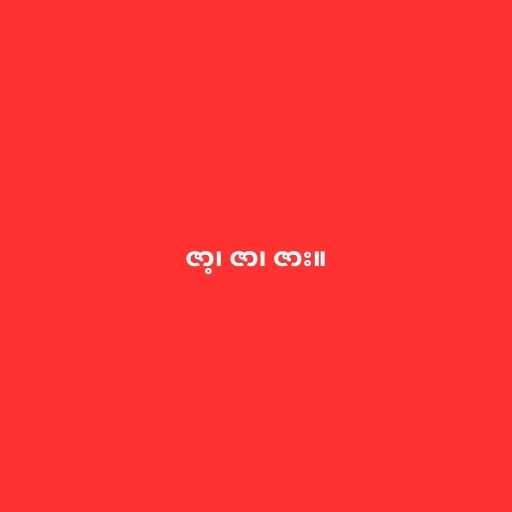
ဇာ့၊ ဇာ၊ ဇား။